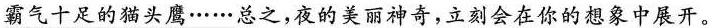
霸气十足的猫头鹰……总之，夜的美丽神奇，立刻会在你的想象中展开。